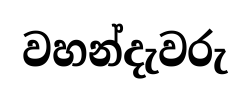
වහන්දැවරු